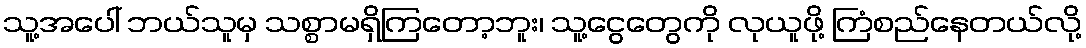
သူ့အပေါ် ဘယ်သူမှ သစ္စာမရှိကြတော့ဘူး၊ သူ့ငွေတွေကို လုယူဖို့ ကြံစည်နေတယ်လို့